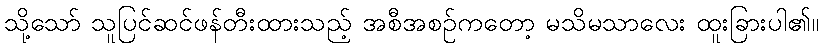
သို့သော် သူပြင်ဆင်ဖန်တီးထားသည့် အစီအစဉ်ကတော့ မသိမသာလေး ထူးခြားပါ၏။